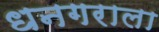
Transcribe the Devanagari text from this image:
धनगराला